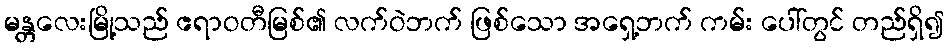
မန္တလေးမြို့သည် ဧရာဝတီမြစ်၏ လက်ဝဲဘက် ဖြစ်သော အရှေ့ဘက် ကမ်း ပေါ်တွင် တည်ရှိ၍